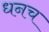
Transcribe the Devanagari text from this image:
धनच